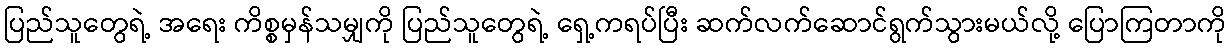
ပြည်သူတွေရဲ့ အရေး ကိစ္စမှန်သမျှကို ပြည်သူတွေရဲ့ ရှေ့ကရပ်ပြီး ဆက်လက်ဆောင်ရွက်သွားမယ်လို့ ပြောကြတာကို